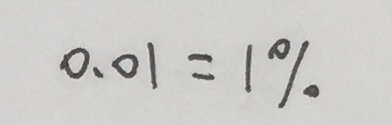
0 . 0 1 = 1 \%